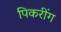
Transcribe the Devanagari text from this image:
पिकरींग